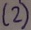
Text: (2)